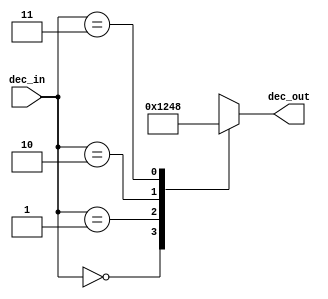
`timescale 1ns / 1ps
//////////////////////////////////////////////////////////////////////////////////
// Company: 
// Engineer: 
// 
// Design Name: 
// Module Name: decoder2_4
// Project Name: 
// Target Devices: 
// Tool Versions: 
// Description: 
// 
// Dependencies: 
// 
// Revision:
// Revision 0.01 - File Created
// Additional Comments:
// 
//////////////////////////////////////////////////////////////////////////////////


module decoder2_4(
    input [1:0] dec_in,
    output [3:0] dec_out
    );
    reg [3:0] dec_r;
    assign dec_out = dec_r;
    always @ (dec_in) begin
       case (dec_in)
        2'b00 : dec_r = 4'b0001;
        2'b01 : dec_r = 4'b0010;
        2'b10 : dec_r = 4'b0100;
        2'b11 : dec_r = 4'b1000;
        default : dec_r =4'b0000;
       endcase
 end
endmodule